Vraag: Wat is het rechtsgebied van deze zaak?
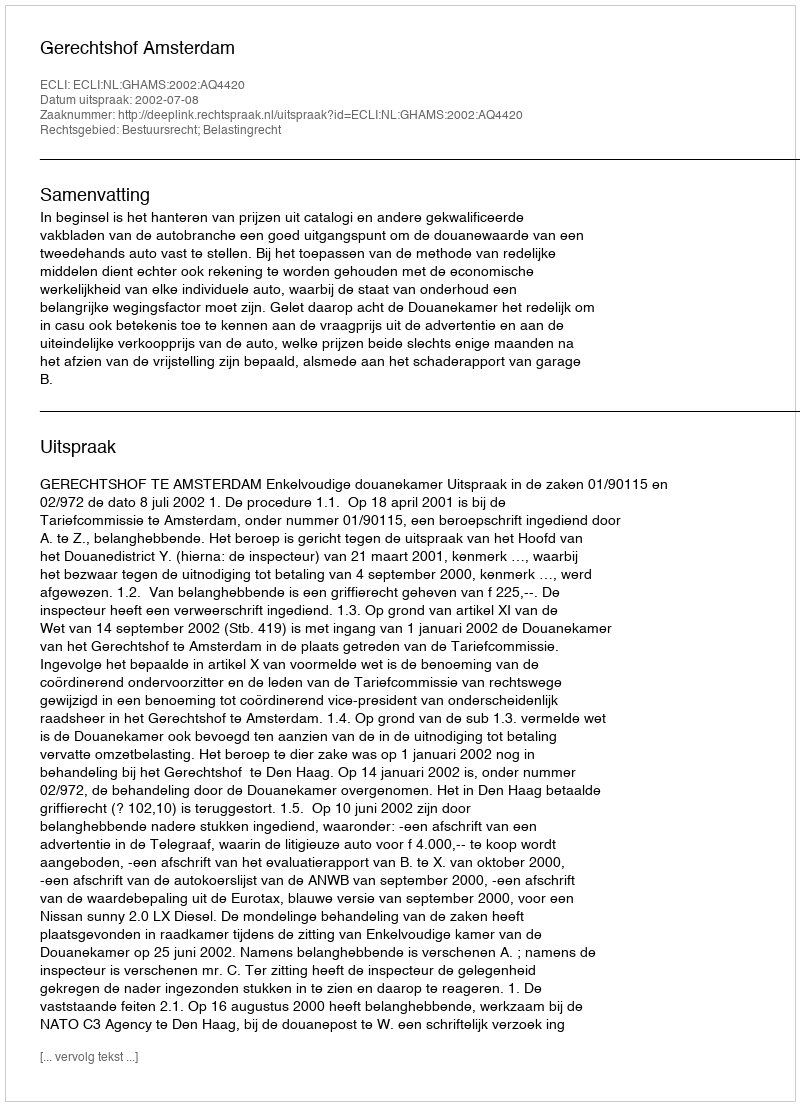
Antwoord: Bestuursrecht; Belastingrecht